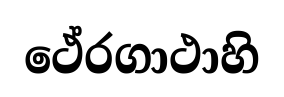
ථේරගාථාහි